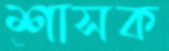
শাসক